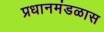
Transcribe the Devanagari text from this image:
प्रधानमंडळास